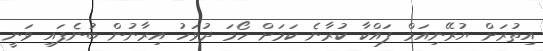
އިތުރަށް ޔުރޭނިއަމް ފައްކާ ކުރާނެ ކަމަށް ހޯމަ ދުވަހު އިރާނުން ބުނެފައި ވަނީ